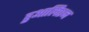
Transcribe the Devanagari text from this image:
हुआलिएन